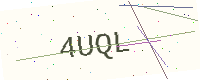
Text: 4UQL